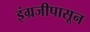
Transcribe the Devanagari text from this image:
इंग्रजीपासून